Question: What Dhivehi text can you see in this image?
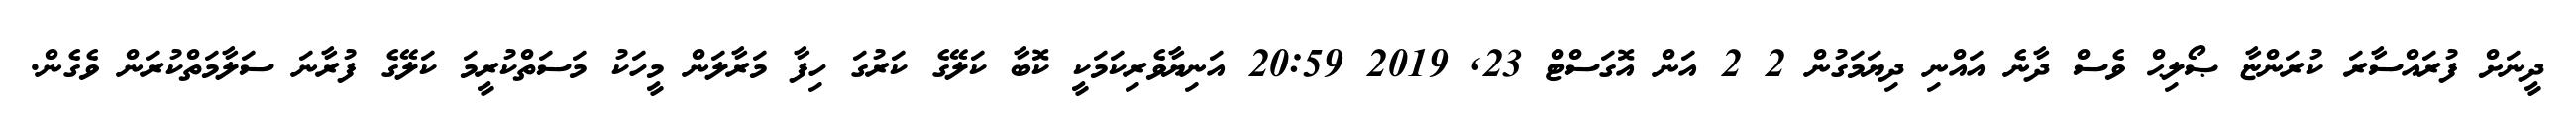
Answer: ދީނަށް ފުރައްސާރަ ކުރަންޏާ ޞޯލިޙް ވެސް ދާނެ އައްނި ދިޔަމަގުން 2 2 އަން އޮގަސްޓް 23, 2019 20:59 އަނިޔާވެރިކަމަކީ ކޮބާ ކަލޭގެ ކަރުގަ ހިފާ މަރާލަން މީހަކު މަސަތްކުރީމަ ކަލޭގެ ފުރާނަ ސަލާމަތްކުރަން ވެގެން.